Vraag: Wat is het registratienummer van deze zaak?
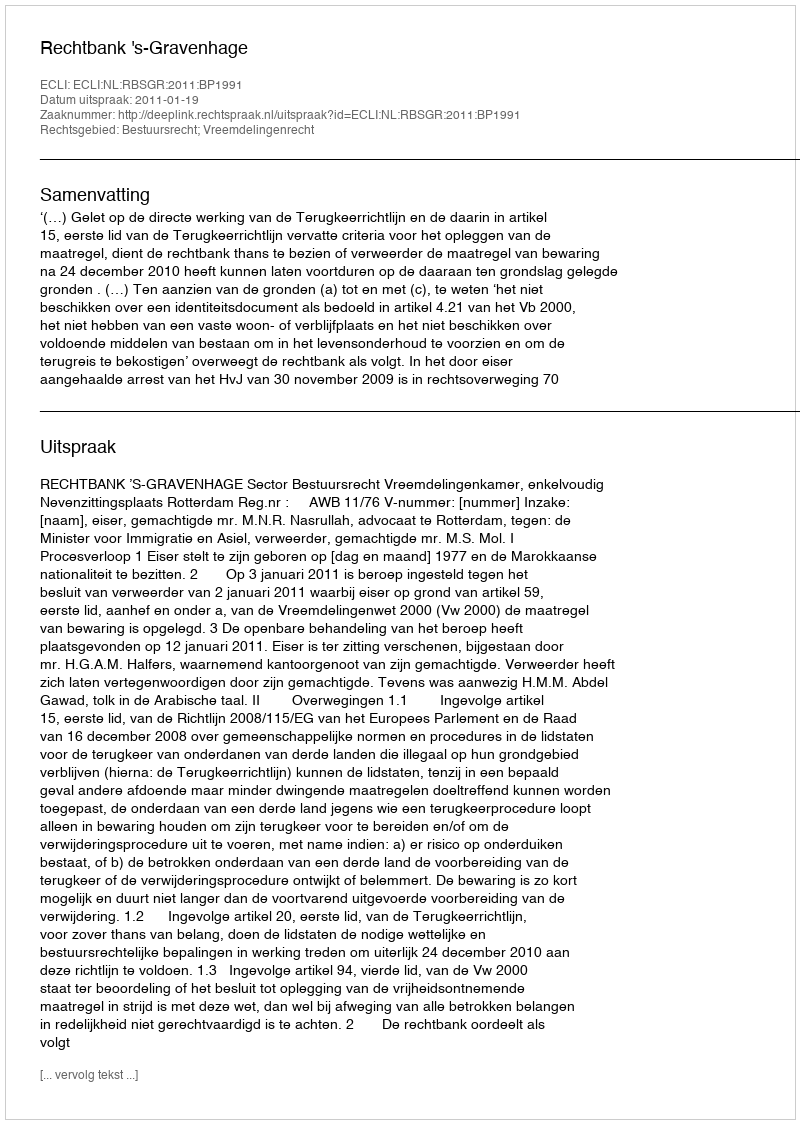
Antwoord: http://deeplink.rechtspraak.nl/uitspraak?id=ECLI:NL:RBSGR:2011:BP1991